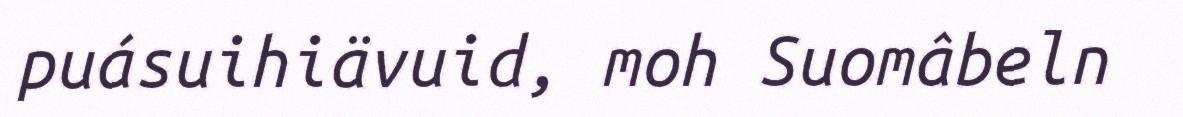
puásuihiävuid, moh Suomâbeln